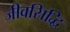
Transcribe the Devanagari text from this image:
जीवसिद्धि